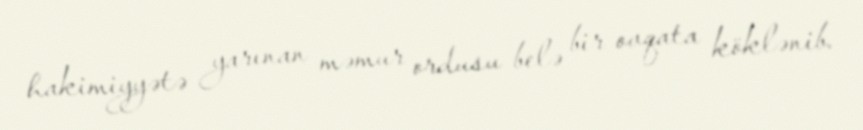
hakimiyyətə yarınan məmur ordusu belə bir ovqata köklənib.